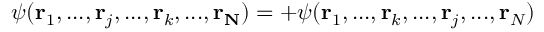
\psi ( \mathbf { r } _ { 1 } , . . . , \mathbf { r } _ { j } , . . . , \mathbf { r } _ { k } , . . . , \mathbf { r _ { N } } ) = + \psi ( \mathbf { r } _ { 1 } , . . . , \mathbf { r } _ { k } , . . . , \mathbf { r } _ { j } , . . . , \mathbf { r } _ { N } )